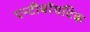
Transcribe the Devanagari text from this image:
एन्टीबॉयटिक